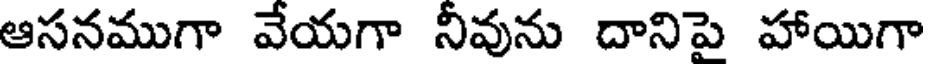
ఆసనముగా వేయగా నీవును దానిపై హాయిగా